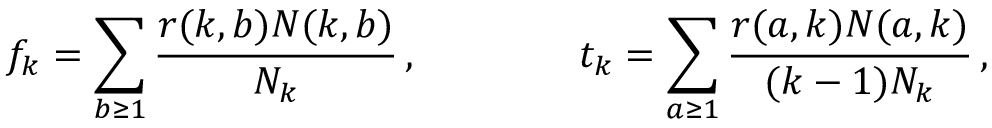
f _ { k } = \sum _ { b \geq 1 } \frac { r ( k , b ) N ( k , b ) } { N _ { k } } \, , \qquad \qquad t _ { k } = \sum _ { a \geq 1 } \frac { r ( a , k ) N ( a , k ) } { ( k - 1 ) N _ { k } } \, ,